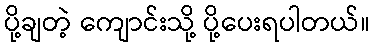
ပို့ချတဲ့ ကျောင်းသို့ ပို့ပေးရပါတယ်။